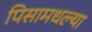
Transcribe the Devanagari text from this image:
पिसामधल्या